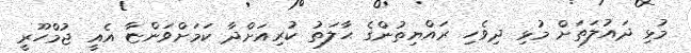
މުޅި ދައުލަތަށް މުޅި ދިވެހި ރައްޔިތުންގެ ޙާލަތު ކުރިއަށްދާ ކަމަށްވަންޏާ އެއީ ޖުމްހޫރީ